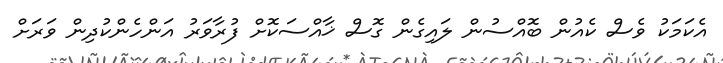
އެކަމަކު ވެސް ކެއުން ބޮއްސުން ލައިގެން ގޮސް ޚާއްސަކޮށް ފުރާވަރު އަންހެންކުދިން ވަރަށް